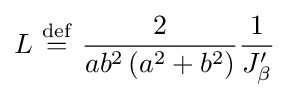
L\ {\stackrel {\mathrm {def} }{=}}\ {\frac {2}{ab^{2}\left(a^{2}+b^{2}\right)}}{\frac {1}{J_{\beta }^{\prime }}}